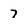
Character: 7